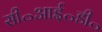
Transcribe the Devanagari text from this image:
सी॰आई॰डी॰